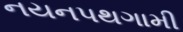
નયનપથગામી